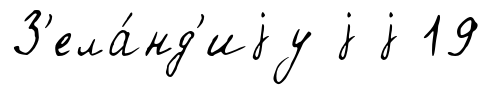
З'ела́нд'иjу j j 19